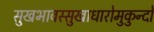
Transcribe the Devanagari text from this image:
सुखभावस्सुखाधारोमुकुन्दो